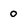
Character: 0